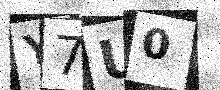
Text: Y7U0